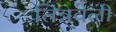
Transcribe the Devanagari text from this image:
तिन्नवेली